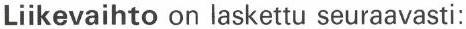
Liikevaihto on laskettu seuraavasti: